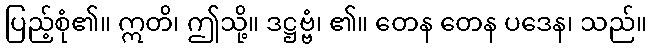
ပြည့်စုံ၏။ ဣတိ၊ ဤသို့။ ဒဋ္ဌဗ္ဗံ၊ ၏။ တေန တေန ပဒေန၊ သည်။